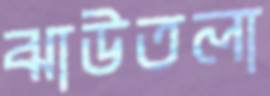
ঝাউতলা